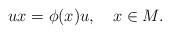
LaTeX: \begin{align*}ux=\phi(x)u,\ \ \ x\in M.\end{align*}